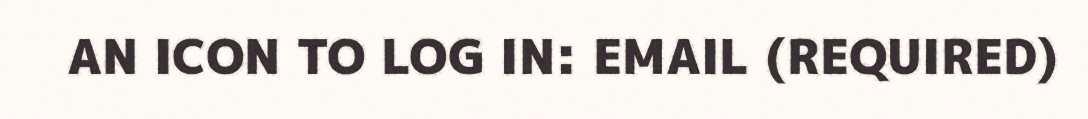
AN ICON TO LOG IN: EMAIL (REQUIRED)